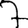
Digit: 7